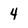
Character: 4